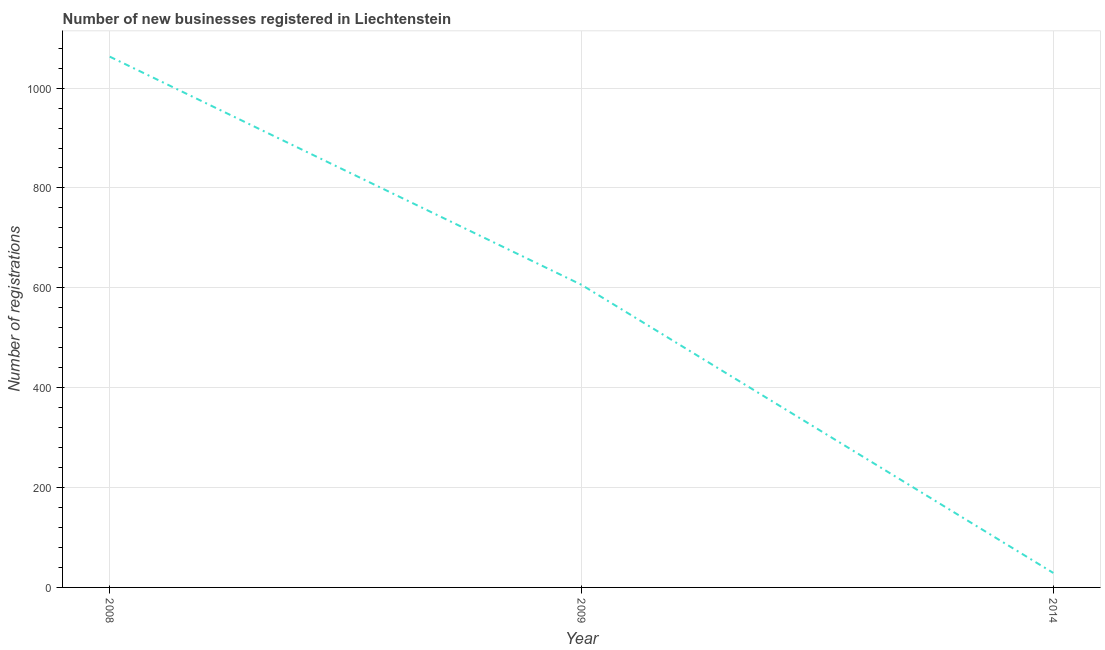
| Year | New businesses |
 | --- | --- |
 | 2008 | 1.06e+03 |
 | 2009 | 606 |
 | 2014 | 29 |